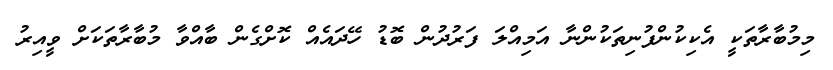
މިމުބާރާތަކީ އެކިކުންފުނިތަކުންނާ އަމިއްލަ ފަރުދުން ބޮޑު ހޭދައެއް ކޮށްގެން ބާއްވާ މުބާރާތަކަށް ވީއިރު